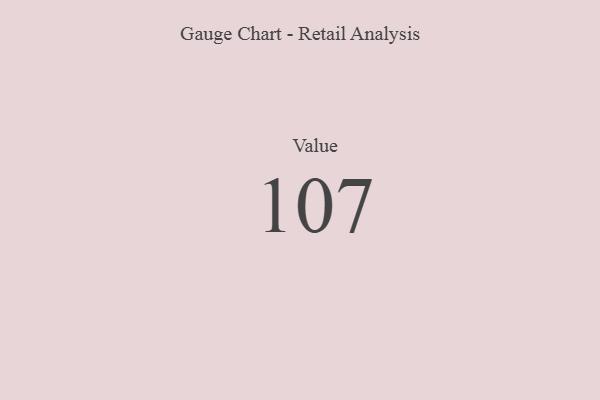
{"axis": {"x": "Metric", "y": "Value"}, "legend": [""], "data": [{"x": "Value", "y": 107, "type": ""}]}